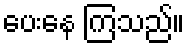
ပေးနေ ကြသည်။